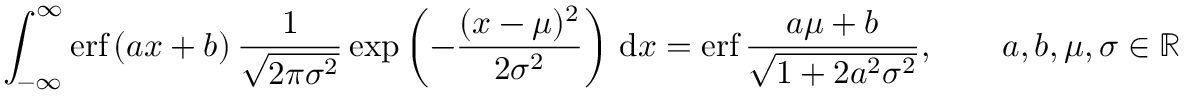
\int _ { - \infty } ^ { \infty } \operatorname { e r f } \left( a x + b \right) { \frac { 1 } { \sqrt { 2 \pi \sigma ^ { 2 } } } } \exp \left( - { \frac { ( x - \mu ) ^ { 2 } } { 2 \sigma ^ { 2 } } } \right) \, \mathrm { d } x = \operatorname { e r f } { \frac { a \mu + b } { \sqrt { 1 + 2 a ^ { 2 } \sigma ^ { 2 } } } } , \qquad a , b , \mu , \sigma \in \mathbb { R }